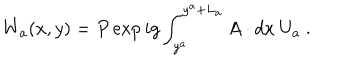
W _ { a } ( x , y ) = P \exp { i g \int _ { y ^ { a } } ^ { y ^ { a } + L _ { a } } A \cdot d x } ~ U _ { a } ~ .